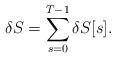
LaTeX: \begin{align*}\delta {S}=\sum_{s=0}^{T-1} \delta S[s].\end{align*}